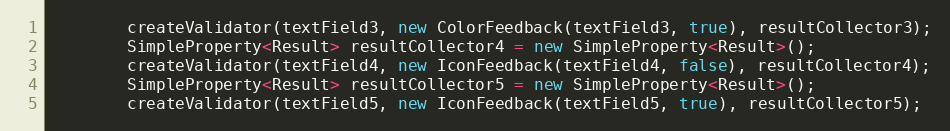
Language: Java
        createValidator(textField3, new ColorFeedback(textField3, true), resultCollector3);
        SimpleProperty<Result> resultCollector4 = new SimpleProperty<Result>();
        createValidator(textField4, new IconFeedback(textField4, false), resultCollector4);
        SimpleProperty<Result> resultCollector5 = new SimpleProperty<Result>();
        createValidator(textField5, new IconFeedback(textField5, true), resultCollector5);